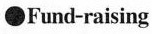
●Fund-raising